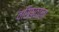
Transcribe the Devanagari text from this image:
वसिष्ठाला